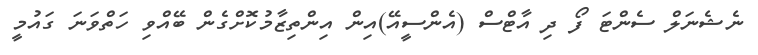
ނެޝެނަލް ސެންޓަ ފޯ ދި އާޓްސް (އެންސީއޭ)އިން އިންތިޒާމުކޮށްގެން ބޭއްވި ހަތްވަނަ ގައުމީ